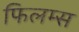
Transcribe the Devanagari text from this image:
फिलम्स